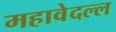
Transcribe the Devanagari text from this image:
महावेदल्ल